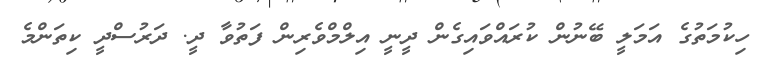
ހިކުމަތުގެ އަމަލީ ބޭނުން ކުރައްވައިގެން ދީނީ އިލްމްވެރިން ފަތުވާ ދީ. ދަރުސްދީ ކިތަންމެ